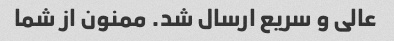
عالی و سریع ارسال شد. ممنون از شما